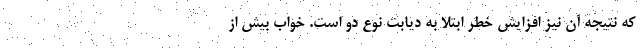
که نتیجه آن نیز افزایش خطر ابتلا به دیابت نوع دو است. خواب بیش از